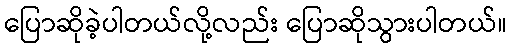
ပြောဆိုခဲ့ပါတယ်လို့လည်း ပြောဆိုသွားပါတယ်။